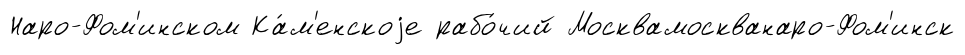
Наро-Фом'инском Ка́м'енскоjе рабо́чий Москвамоскванаро-Фом'инск